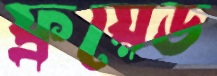
ফ্রয়েড